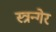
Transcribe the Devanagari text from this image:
स्त्रन्गेर